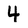
Character: 4